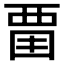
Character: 𧟮